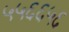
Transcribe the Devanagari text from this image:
५५६६५६